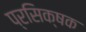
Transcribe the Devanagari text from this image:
प्रसिक्षक